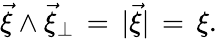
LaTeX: \vec{\xi}\wedge\vec{\xi}_{\perp}\, =\, |\vec{\xi}|\, =\, \xi.